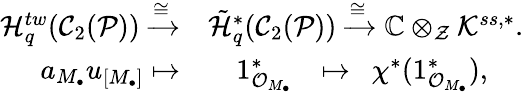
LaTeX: \begin{array}{rl}{{\mathcal H}_{q}^{tw}({\mathcal C}_{2}({\mathcal P}))\xrightarrow{\cong}}&{\tilde{{\mathcal H}}_{q}^{*}({\mathcal C}_{2}({\mathcal P}))\xrightarrow\cong{\mathbb C}\otimes_{{\mathcal Z}}{\mathcal K}^{ss,*}.}\\ {a_{M_{\bullet}}u_{[M_{\bullet}]}\mapsto}&{\ \ \ \ 1_{{\mathcal O}_{M_{\bullet}}}^{*}\ \ \ \mapsto\ \ \chi^{*}(1_{{\mathcal O}_{M_{\bullet}}}^{*}),}\end{array}